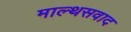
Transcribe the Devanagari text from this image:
माल्थसवाद